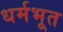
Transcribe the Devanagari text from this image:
धर्मभूत